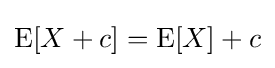
\operatorname {E} [X+c]=\operatorname {E} [X]+c